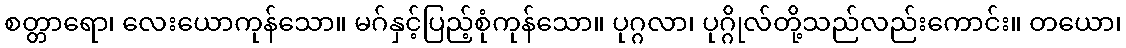
စတ္တာရော၊ လေးယောကုန်သော။ မဂ်နှင့်ပြည့်စုံကုန်သော။ ပုဂ္ဂလာ၊ ပုဂ္ဂိုလ်တို့သည်လည်းကောင်း။ တယော၊